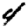
Digit: 4